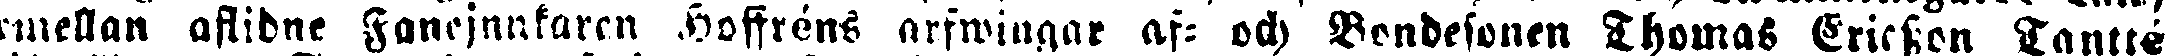
emellan aflidne Fanejunkaren Hoffréns arfwingar af- och Bondesonen Thomas Ericsson Tantté